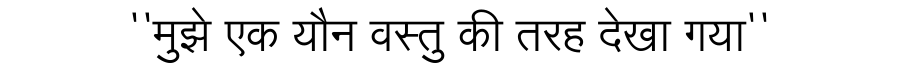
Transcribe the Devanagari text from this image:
''मुझे एक यौन वस्तु की तरह देखा गया''